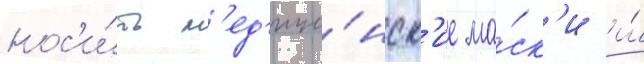
нос'и́ть м'ед'ици́нск'ие ма́ск'и и́